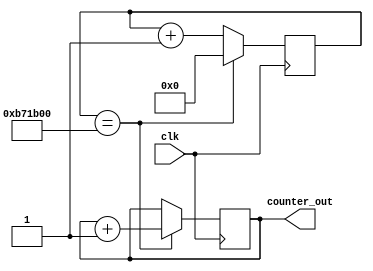

`timescale 1ns/1ps

module counter(clk, counter_out);

input clk;
output reg [3:0]counter_out;
reg [23:0]count;

initial begin 
   counter_out = 4'b0000;
   count       = 24'd0;
end

always@(posedge clk) begin

if (count == 24'd12000000) begin  
    counter_out <= counter_out + 1'b1;
	 count       <= 24'd0;
end else count <= count + 1'b1;

end 
endmodule